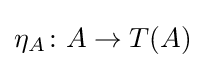
\eta _{A}\colon A\to T(A)